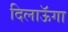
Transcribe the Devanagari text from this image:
दिलाऊॅगा